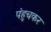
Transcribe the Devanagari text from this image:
पंहुचकर